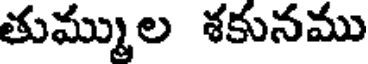
తుమ్ముల శకునము